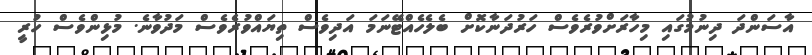
އާސަންދަ ދިނުމުގައި މިހާރަށްވުރެވެސް ހަރުދަނާކޮށް ބެލެހެއްޓޭނަމަ އަދިވެސް ތިޔައްވުރެވެސް މަދުވާނެ. މުޅިންވެސް ހުރީ